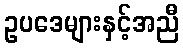
ဥပဒေများနှင့်အညီ